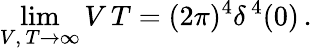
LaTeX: \operatorname*{lim}_{V,\, T\to\infty}V\, T=(2\pi)^{4}\delta^{\, 4}(0)\, .